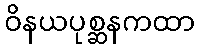
ဝိနယပုစ္ဆနကထာ